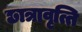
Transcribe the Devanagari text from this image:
छात्रावृत्ति